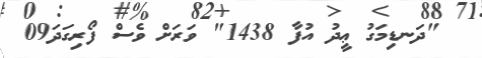
"ދަނޑިމަގު ޢީދު އުފާ 1438" ވަރަށް ވެސް ފޯރިގަދަ09